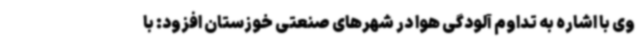
وی با اشاره به تداوم آلودگی هوا در شهرهای صنعتی خوزستان افزود: با